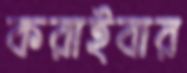
করাইবার